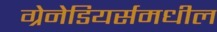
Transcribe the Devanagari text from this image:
ग्रेनेडियर्समधील